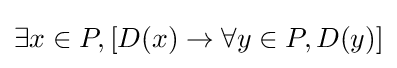
\exists x\in P,[D(x)\rightarrow \forall y\in P,D(y)]